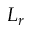
L _ { r }